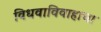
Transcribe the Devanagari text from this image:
विधवाविवाहाचा